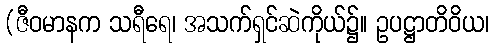
(ဇီဝမာနက သရီရေ၊ အသက်ရှင်ဆဲကိုယ်၌။ ဥပဋ္ဌာတိဝိယ၊